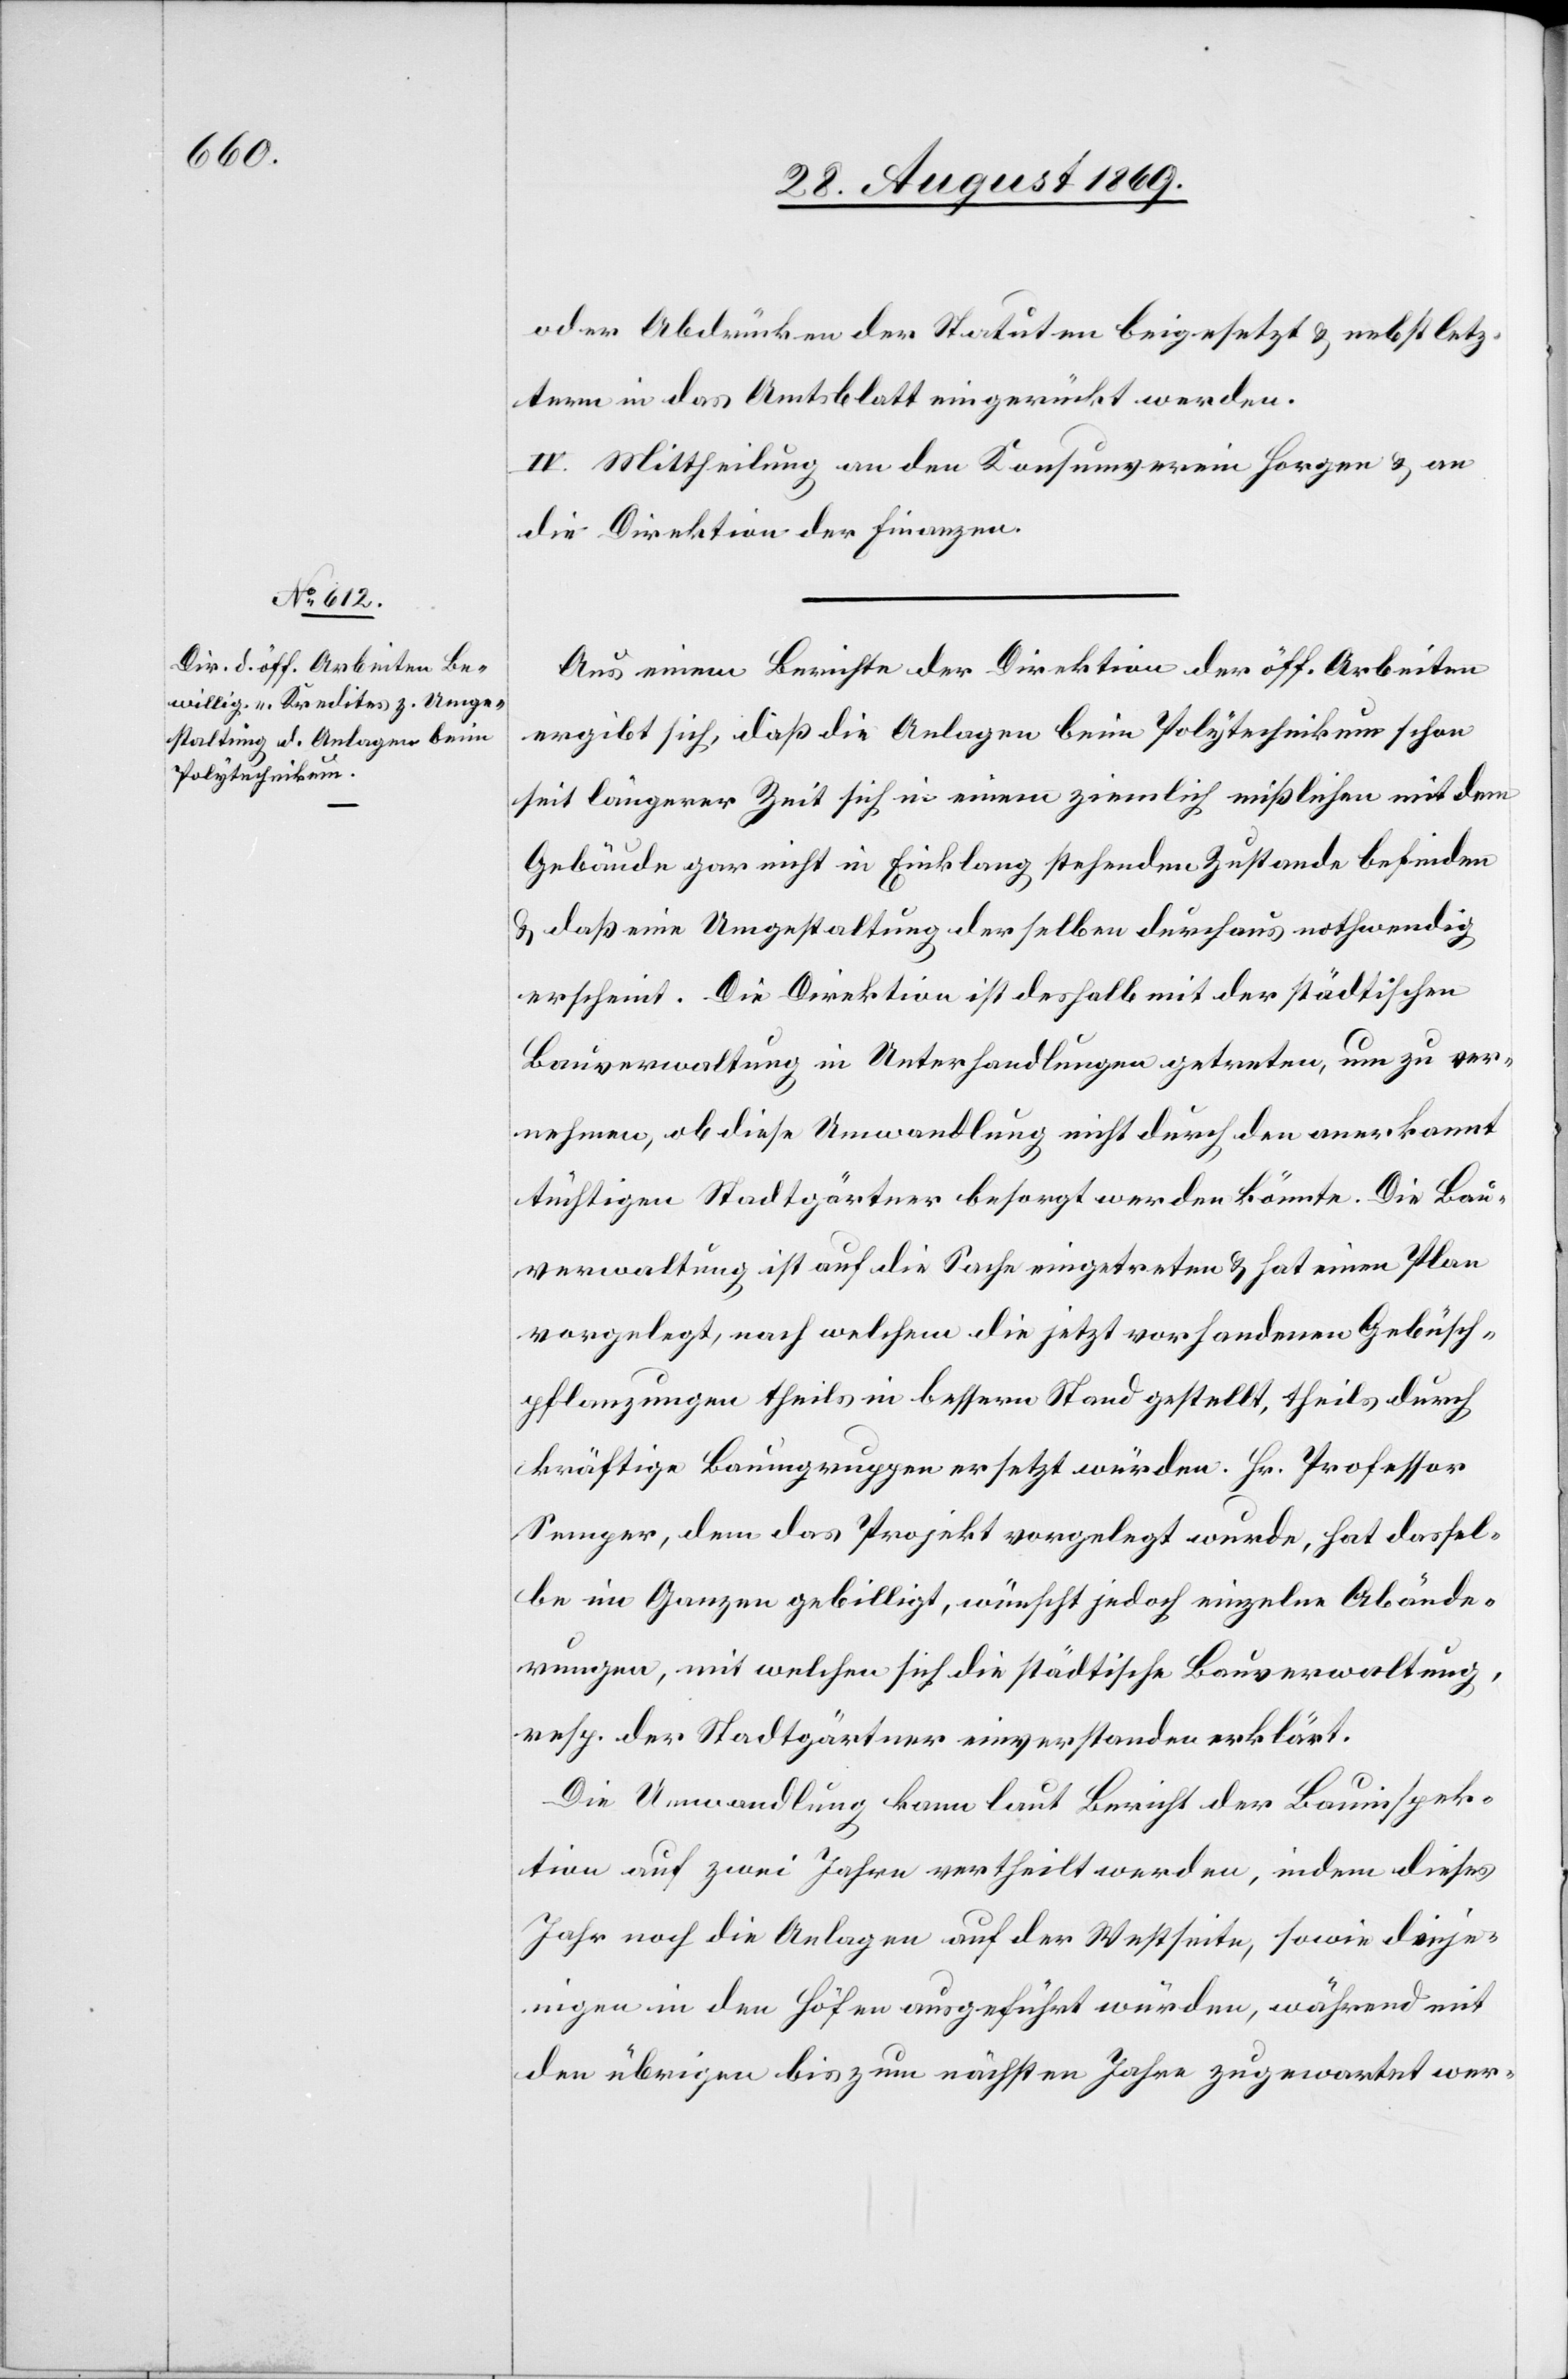
oder Abdrücken der Statuten beigesetzt & nebst letz¬
tern in das Amtsblatt eingerückt werden.
IV. Mittheilung an den Konsumverein Horgen & an
die Direktion der Finanzen.
Aus einem Berichte der Direktion der öff. Arbeiten
ergibt sich, daß die Anlagen beim Polytechnikum schon
seit längerer Zeit sich in einem ziemlich mißlichen mit dem
Gebäude gar nicht in Einklang stehenden Zustande befinden
& daß eine Umgestaltung derselben durchaus nothwendig
erscheint. Die Direktion ist deshalb mit der städtischen
Bauverwaltung in Unterhandlungen getreten, um zu ver¬
nehmen, ob diese Umwandlung nicht durch den anerkannt
tüchtigen Stadtgärtner besorgt werden könnte. Die Bau¬
verwaltung ist auf die Sache eingetreten & hat einen Plan
vorgelegt, nach welchem die jetzt vorhandenen Gebüsch¬
pflanzungen theils in bessern Stand gestellt, theils durch
kräftige Baumgruppen ersetzt würden. Hr. Professor
Semper, dem das Projekt vorgelegt wurde, hat dassel¬
be im Ganzen gebilligt, wünscht jedoch einzelne Abände¬
rungen, mit welchen sich die städtische Bauverwaltung,
resp. der Stadtgärtner einverstanden erklärt.
Die Umwandlung kann laut Bericht der Bauinspek¬
tion auf zwei Jahre vertheilt werden, indem dieses
Jahr noch die Anlagen auf der Westseite, sowie dieje¬
nigen in den Höfen ausgeführt würden, während mit
den übrigen bis zum nächsten Jahre zugewartet wer-